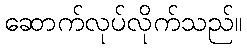
ဆောက်လုပ်လိုက်သည်။